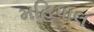
મહિપાલ